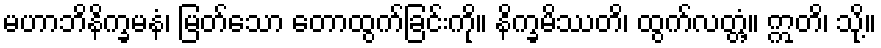
မဟာဘိနိက္ခမနံ၊ မြတ်သော တောထွက်ခြင်းကို။ နိက္ခမိဿတိ၊ ထွက်လတ္တံ့။ ဣတိ၊ သို့။